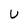
Character: U